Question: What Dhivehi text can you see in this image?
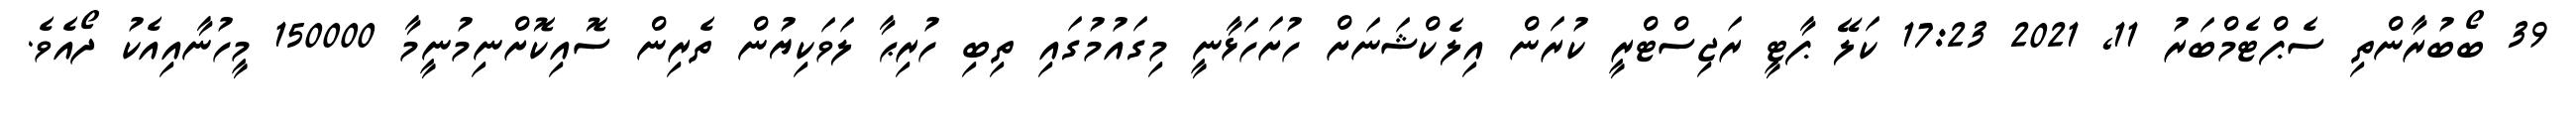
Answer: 39 ބޯބުރާންތި ސެޕްޓެމްބަރު 11, 2021 17:23 ކަލޭ ޕާޓީ ރަޖިސްޓްރީ ކުރަން އިލެކްޝަނަށް ހުށަހަޅާނީ މިގައުމުގައި ތިބި ހުރިޙާ ލަވަކިޔުން ތެރިން ސޮއިކޮށްނިމުނީމާ 150000 މީހުނާއިއެކު ދޯއެވެ.